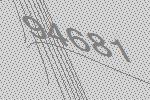
94681